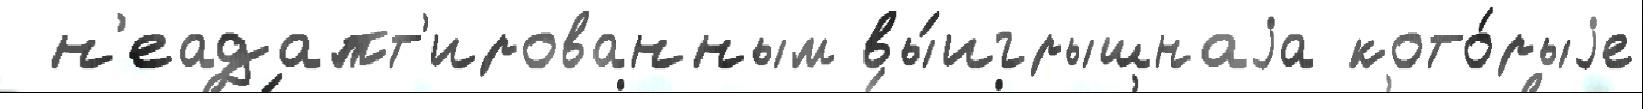
 н'еадапт'ированным вы́игрышнаjа кото́рыjе